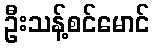
ဦးသန့်စင်မောင်